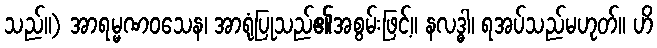
သည်။) အာရမ္မဏဝသေန၊ အာရုံပြုသည်၏အစွမ်းဖြင့်။ နလဒ္ဓါ၊ ရအပ်သည်မဟုတ်။ ဟိ